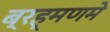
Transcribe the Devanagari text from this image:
ब्रह्मणमे